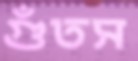
গুঁতস